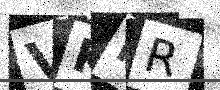
Text: VKRR